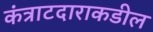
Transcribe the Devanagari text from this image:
कंत्राटदाराकडील